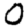
Digit: 0